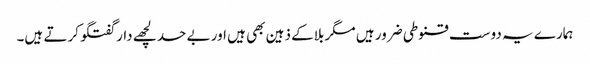
ہمارے یہ دوست قنوطی ضرور ہیں مگر بلاکے ذہین بھی ہیں اور بے حد لچھے دار گفتگو کرتے ہیں۔